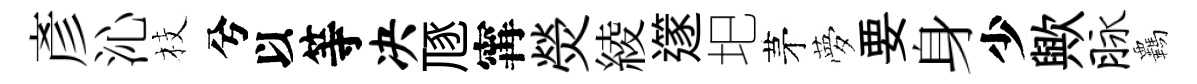
彥沁枝兮以等决豗𡩋熒綾𨗹圯茅夢要身少歟脉覊